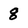
Character: 8